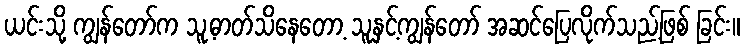
ယင်းသို့ ကျွန်တော်က သူ့ဓာတ်သိနေတော့ သူနှင့်ကျွန်တော် အဆင်ပြေလိုက်သည့်ဖြစ် ခြင်း။